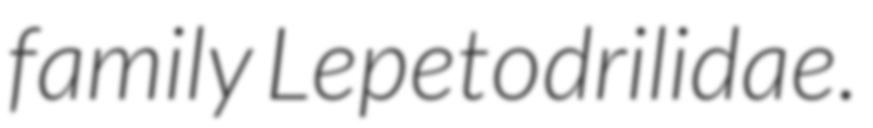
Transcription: family Lepetodrilidae.